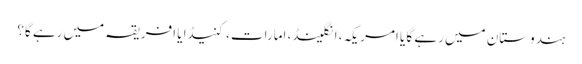
ہندوستان میں رہے گا یا امریکہ، انگلینڈ، امارات، کنیڈا یا افریقہ میں رہے گا؟